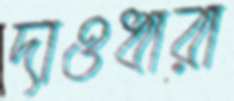
দাওধারা